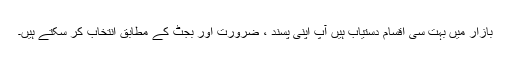
بازار میں بہت سی اقسام دستیاب ہیں آپ اپنی پسند ، ضرورت اور بجٹ کے مطابق انتخاب کر سکتے ہیں۔